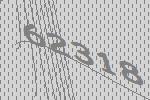
62318